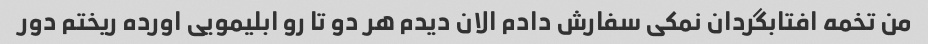
من تخمه افتابگردان نمکی سفارش دادم الان دیدم هر دو تا رو ابلیمویی اورده ریختم دور